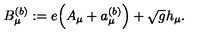
B _ { \mu } ^ { ( b ) } : = e \Big ( A _ { \mu } + a _ { \mu } ^ { ( b ) } \Big ) + \sqrt { g } h _ { \mu } .